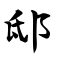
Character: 邸